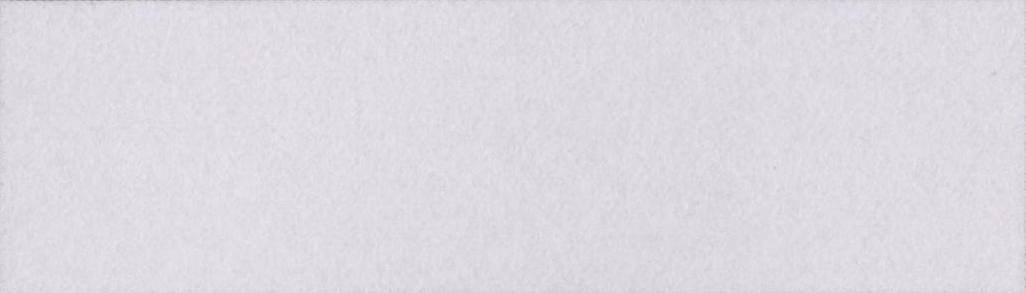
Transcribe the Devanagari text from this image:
भौगोलिक